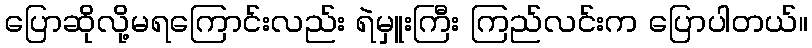
ပြောဆိုလို့မရကြောင်းလည်း ရဲမှူးကြီး ကြည်လင်းက ပြောပါတယ်။